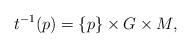
LaTeX: \begin{align*}t^{-1}(p)=\{p\}\times G\times M,\end{align*}